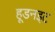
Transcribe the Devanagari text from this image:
हूडनइट